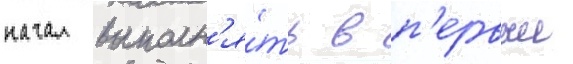
начал выполн'я́ть в п'ервыи